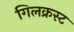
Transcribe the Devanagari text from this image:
गिलक्रस्ट